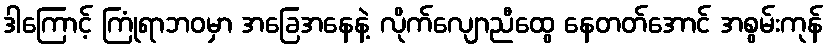
ဒါကြောင့် ကြုံရာဘဝမှာ အခြေအနေနဲ့ လိုက်လျောညီထွေ နေတတ်အောင် အစွမ်းကုန်